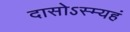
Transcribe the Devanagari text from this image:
दासोऽस्म्यहं